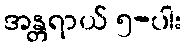
အန္တရာယ် ၅-ပါး